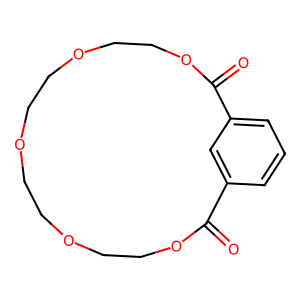
SMILES: O=C1OCCOCCOCCOCCOC(=O)c2cccc1c2
Inhibits HIV replication: No